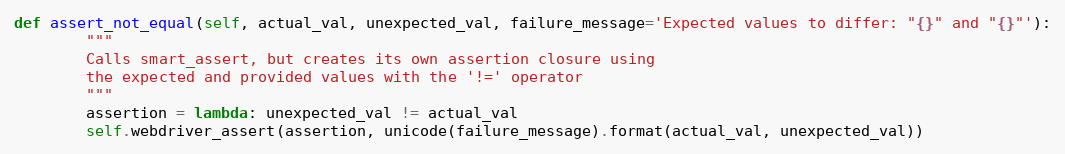
Language: Python
def assert_not_equal(self, actual_val, unexpected_val, failure_message='Expected values to differ: "{}" and "{}"'):
        """
        Calls smart_assert, but creates its own assertion closure using
        the expected and provided values with the '!=' operator
        """
        assertion = lambda: unexpected_val != actual_val
        self.webdriver_assert(assertion, unicode(failure_message).format(actual_val, unexpected_val))